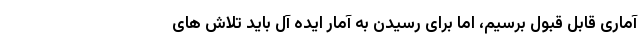
آماری قابل قبول برسیم، اما برای رسیدن به آمار ایده آل باید تلاش های